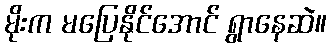
မိုးက မပြေနိုင်အောင် ရွာနေဆဲ။